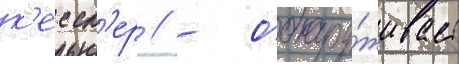
к'ессл'ер // - обнару́живает